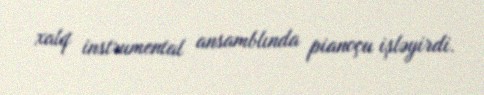
xalq instrumental ansamblında pianoçu işləyirdi.